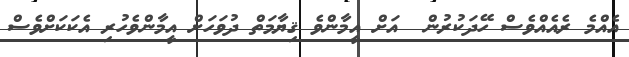
އެއްމެ ރެއެއްވެސް ހޭދަކުރުން  އަށް އީމާންވެ ޤިޔާމަތް ދުވަހަށް އީމާންވެހުރި އެކަކަށްވެސް